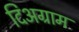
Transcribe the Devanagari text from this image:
दिअग्राम